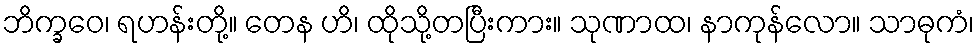
ဘိက္ခဝေ၊ ရဟန်းတို့။ တေန ဟိ၊ ထိုသို့တပြီးကား။ သုဏာထ၊ နာကုန်လော။ သာဓုကံ၊